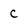
Character: c